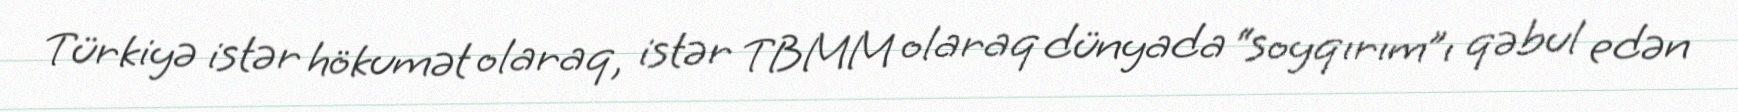
Türkiyə istər hökumət olaraq, istər TBMM olaraq dünyada “soyqırım”ı qəbul edən